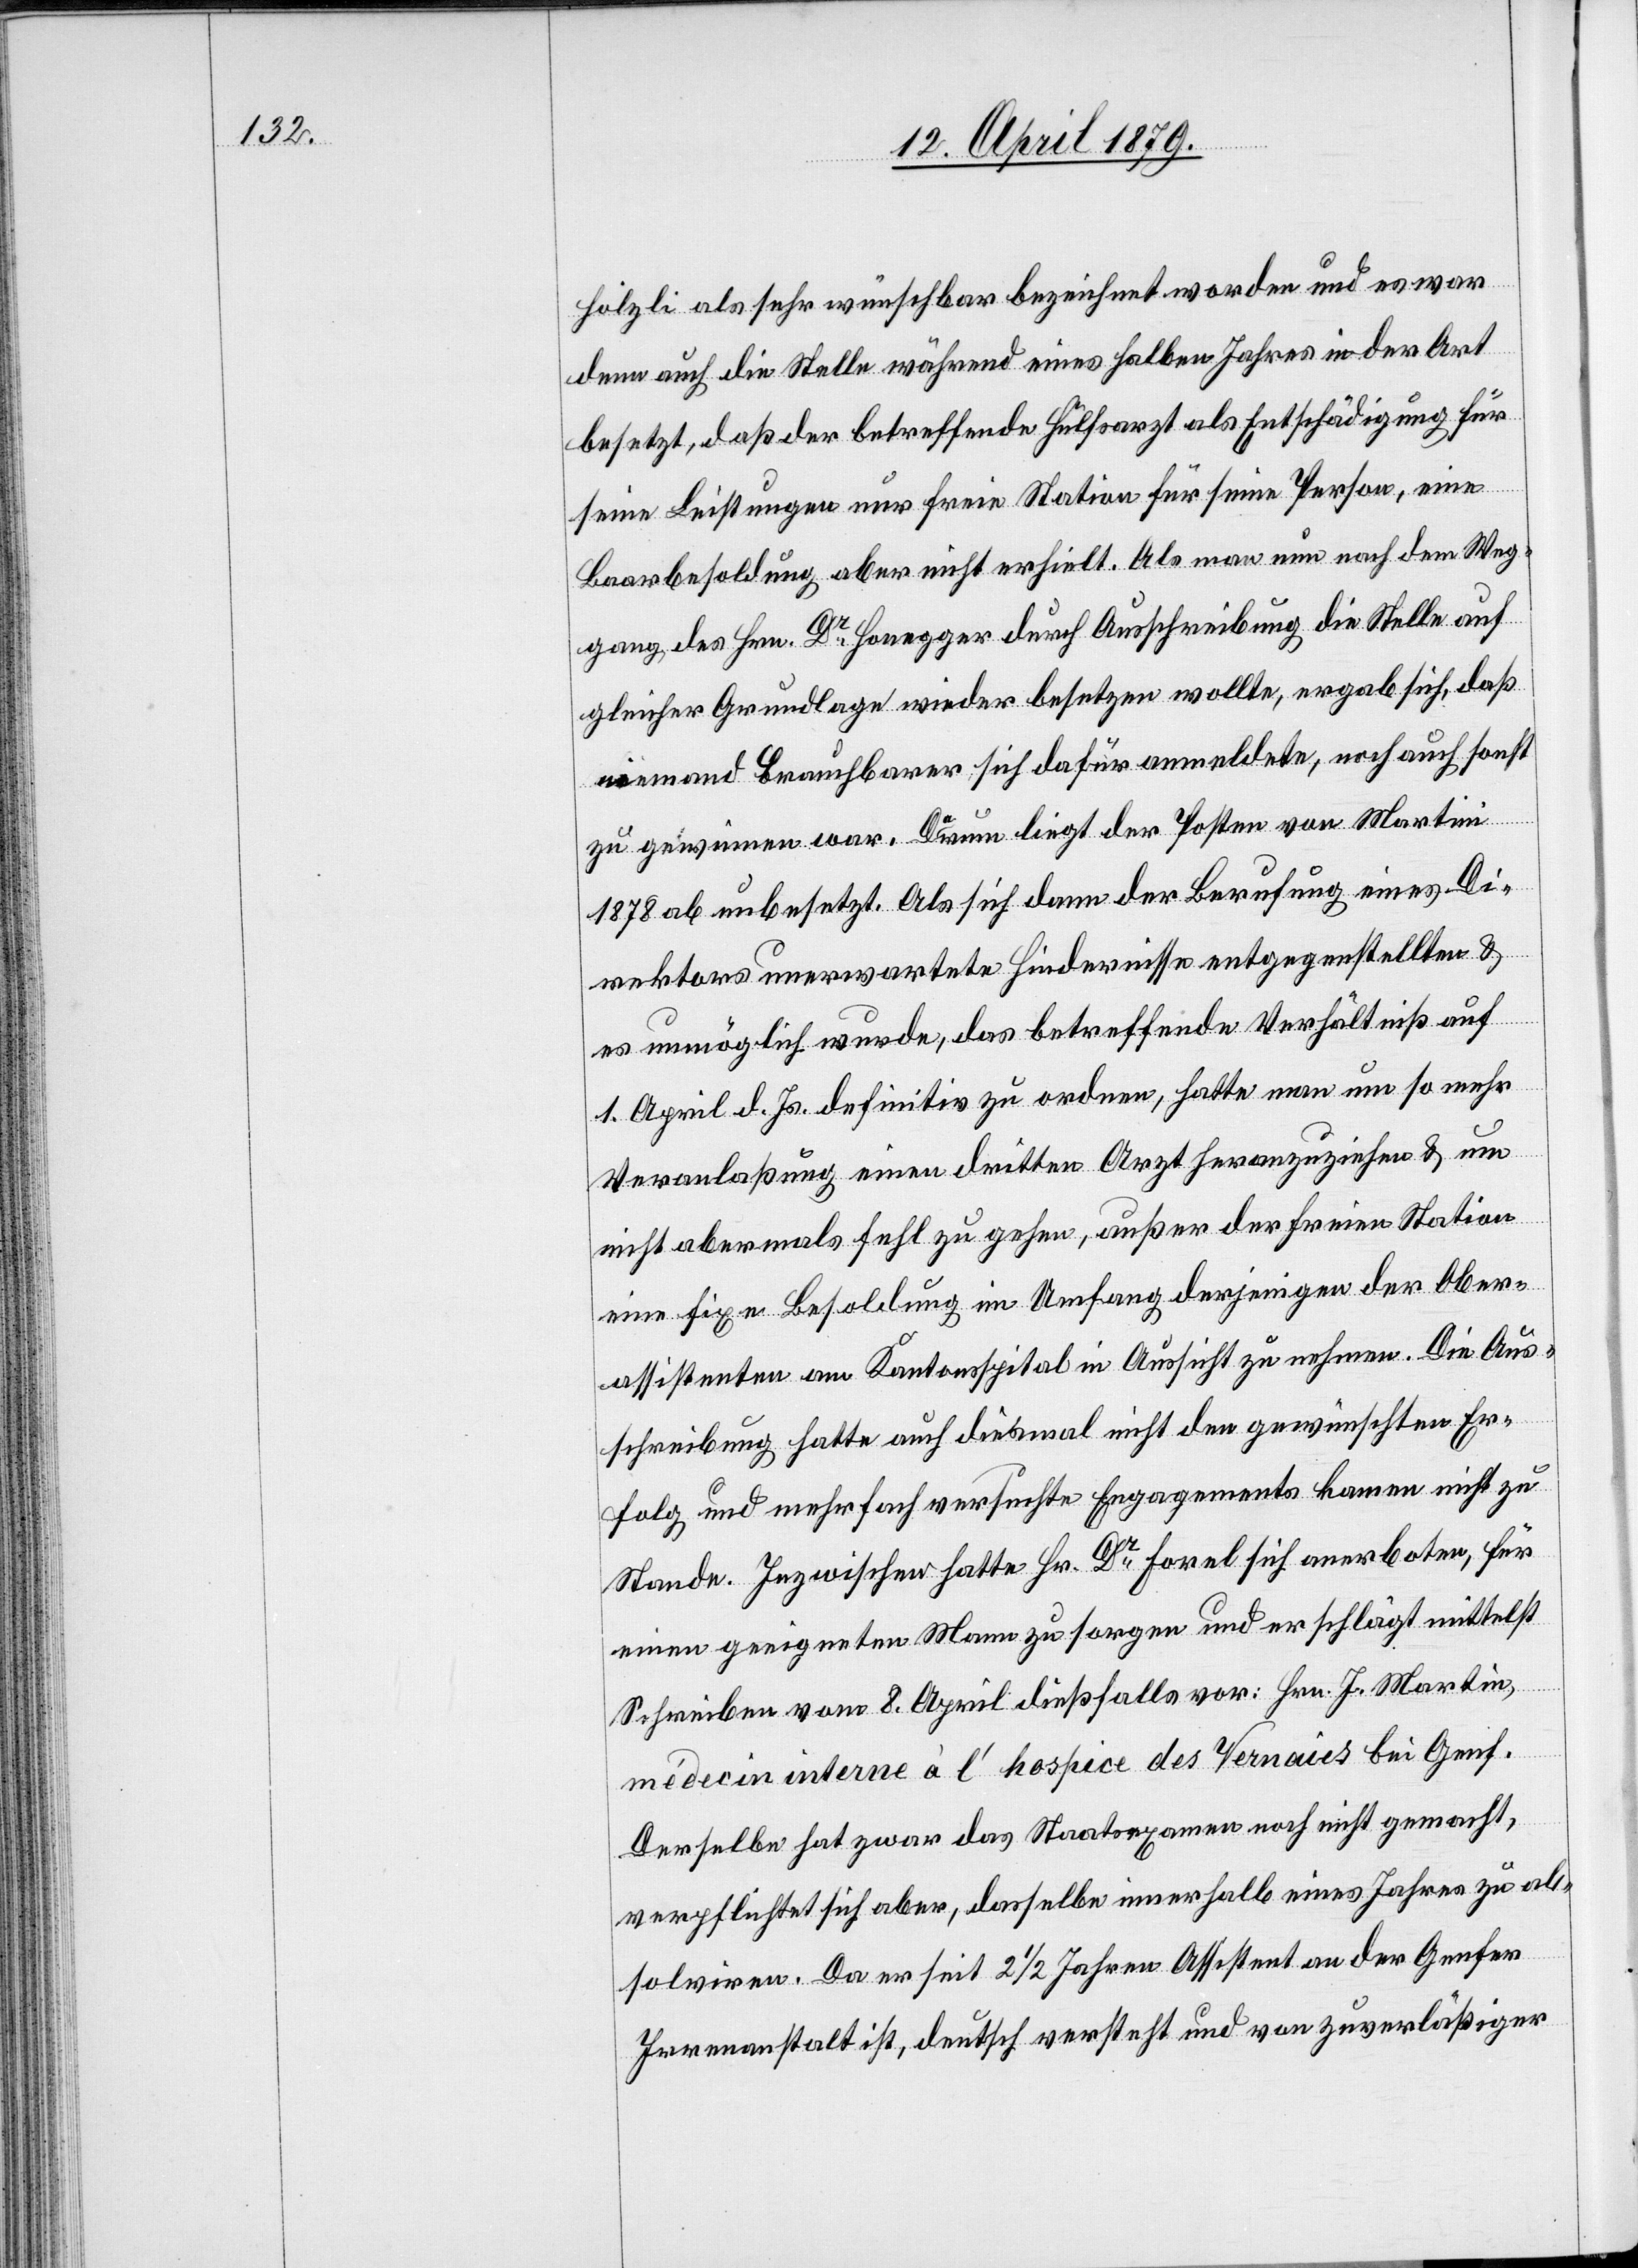
hölzli als sehr wünschbar bezeichnet worden und es war
denn auch die Stelle während eines halben Jahres in der Art
besetzt, daß der betreffende Hülfsarzt als Entschädigung für
seine Leistungen nur freie Station für seine Person, eine
Baarbesoldung aber nicht erhielt. Als man nun nach dem Weg¬
gang des Hrn. Dr Honegger durch Ausschreibung die Stelle auf
gleicher Grundlage wieder besetzen wollte, ergab sich, daß
niemand Brauchbarer sich dafür anmeldete, noch auch sonst
zu gewinnen war. Darum liegt der Posten von Martini
1878 ab unbesetzt. Als sich dann der Berufung eines Di¬
rektors unerwartete Hindernisse entgegenstellten &
es unmöglich wurde, das betreffende Verhältniß auf
1. April d. Js. definitiv zu ordnen, hatte man um so mehr
Veranlaßung einen dritten Arzt heranzuziehen & um
nicht abermals fehl zu gehen, außer der freien Station
eine fixe Besoldung im Umfang derjenigen der Ober¬
assistenten am Kantonsspital in Aussicht zu nehmen. Die Aus¬
schreibung hatte auch diesmal nicht den gewünschten Er¬
folg und mehrfach versuchte Engagements kamen nicht zu
Stande. Inzwischen hatte Hr. Dr Forel sich anerboten, für
einen geeigneten Mann zu sorgen und er schlägt mittelst
Schreiben vom 8. April dießfalls vor: Hrn. J. Martin,
médecin interne à l’hospice des Vernaies bei Genf.
Derselbe hat zwar das Staatsexamen noch nicht gemacht,
verpflichtet sich aber, dasselbe innerhalb eines Jahres zu ab¬
solviren. Da er seit 2 1/2 Jahren Assistent an der Genfer
Irrenanstalt ist, deutsch versteht und von zuverläßiger